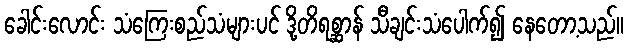
ခေါင်းလောင်း သံကြေးစည်သံများပင် ဒို့တိရစ္ဆာန် သီချင်းသံပေါက်၍ နေတော့သည်။